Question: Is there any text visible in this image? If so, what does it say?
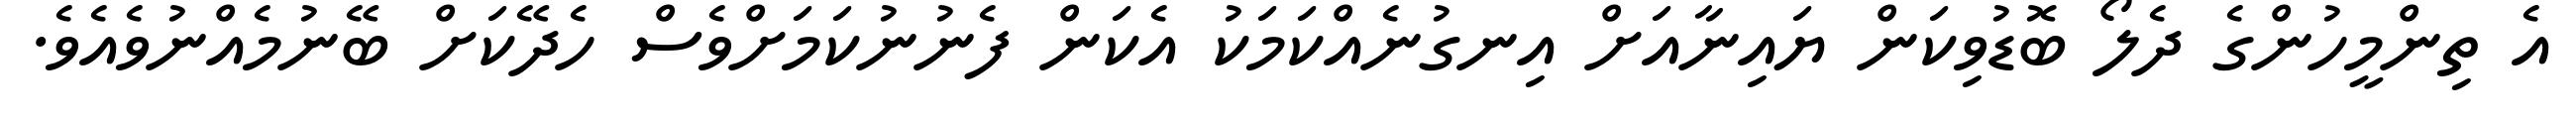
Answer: އެ ތިންމީހުންގެ ދެލޯ ބޮޑުވިކަން ޔައިނާއަށް އިނގުނެއްކަމަކު އެކަން ފެނުނުކަމަށްވެސް ހެދޭކަށް ބޭނުމެއްނުވެއެވެ.